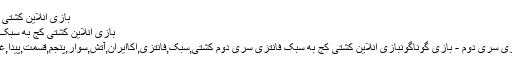
بازی انلاین کشتی کج به سبک فانتزی سری دوم - آکا
بازی انلاین کشتی کج به سبک فانتزی سری دوم 1390/03/18
بازی انلاین کشتی کج به سبک فانتزی سری دوم - بازی گوناگونبازی انلاین کشتی کج به سبک فانتزی سری دوم کشتی,سبک,فانتزی,اکاایران,آتش,سوار,پنجم,قسمت,پیدا,غذا,نگهدار,ناروتو,اسنایپر,بتمن,لباس